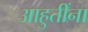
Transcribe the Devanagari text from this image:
आहुतींना